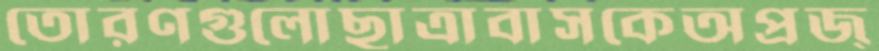
তোরণগুলোছাত্রাবাসকেঅপ্রজ্